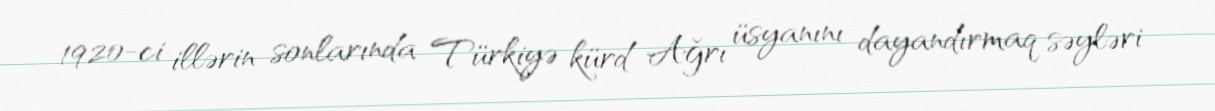
1920-ci illərin sonlarında Türkiyə kürd Ağrı üsyanını dayandırmaq səyləri